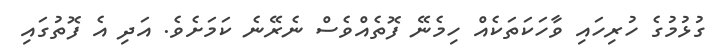
ގުޅުމުގެ ހުރިހައި ވާހަކަތަކެއް ހިމެނޭ ފޮތެއްވެސް ނެރޭނެ ކަމަށެވެ. އަދި އެ ފޮތުގައި